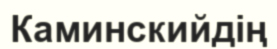
Каминскийдің